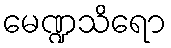
မေဏ္ဍသိရော